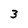
Character: 3